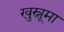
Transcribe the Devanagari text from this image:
खुस्नूमा